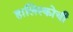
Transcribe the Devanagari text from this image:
हालिस्कोची